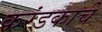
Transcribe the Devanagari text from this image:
करंडकाचे